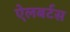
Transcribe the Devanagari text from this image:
ऐलबर्टस